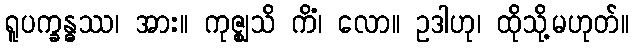
ရူပက္ခန္ဓဿ၊ အား။ ကုဇ္ဈသိ ကိံ၊ လော။ ဥဒါဟု၊ ထိုသို့မဟုတ်။